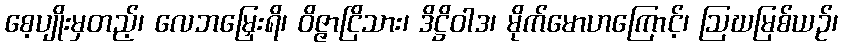
စေ့ပျိုးမှတည့်၊ လေဘမြှေးရိ၊ ဝိဇ္ဇာငြိသား၊ ဒိဋ္ဌိဝါဒ၊ မိုက်မောဟကြောင့်၊ ဩဃမြစ်ယဉ်၊